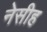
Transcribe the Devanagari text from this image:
नेसीह